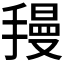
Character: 𫽺